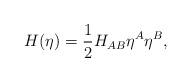
LaTeX: \begin{align*}H(\eta)=\frac{1}{2}H_{AB}\eta^A\eta^B,\end{align*}